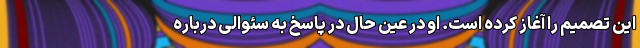
این تصمیم را آغاز کرده است. او در عین حال در پاسخ به سئوالی درباره